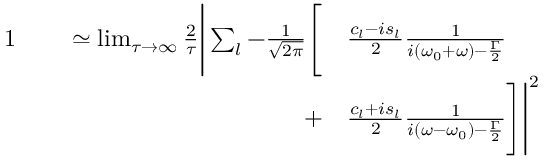
\begin{array} { r l } { { 1 } \qquad \simeq \operatorname* { l i m } _ { \tau \to \infty } \frac { 2 } { \tau } \Bigg | \sum _ { l } - \frac { 1 } { \sqrt { 2 \pi } } \Bigg [ } & { \frac { c _ { l } - i s _ { l } } { 2 } \frac { 1 } { i ( \omega _ { 0 } + \omega ) - \frac { \Gamma } { 2 } } } \\ { + } & { \frac { c _ { l } + i s _ { l } } { 2 } \frac { 1 } { i ( \omega - \omega _ { 0 } ) - \frac { \Gamma } { 2 } } \Bigg ] \Bigg | ^ { 2 } } \end{array}